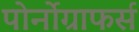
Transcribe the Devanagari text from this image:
पोर्नोग्राफर्स